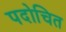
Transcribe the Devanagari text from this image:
पदोचित